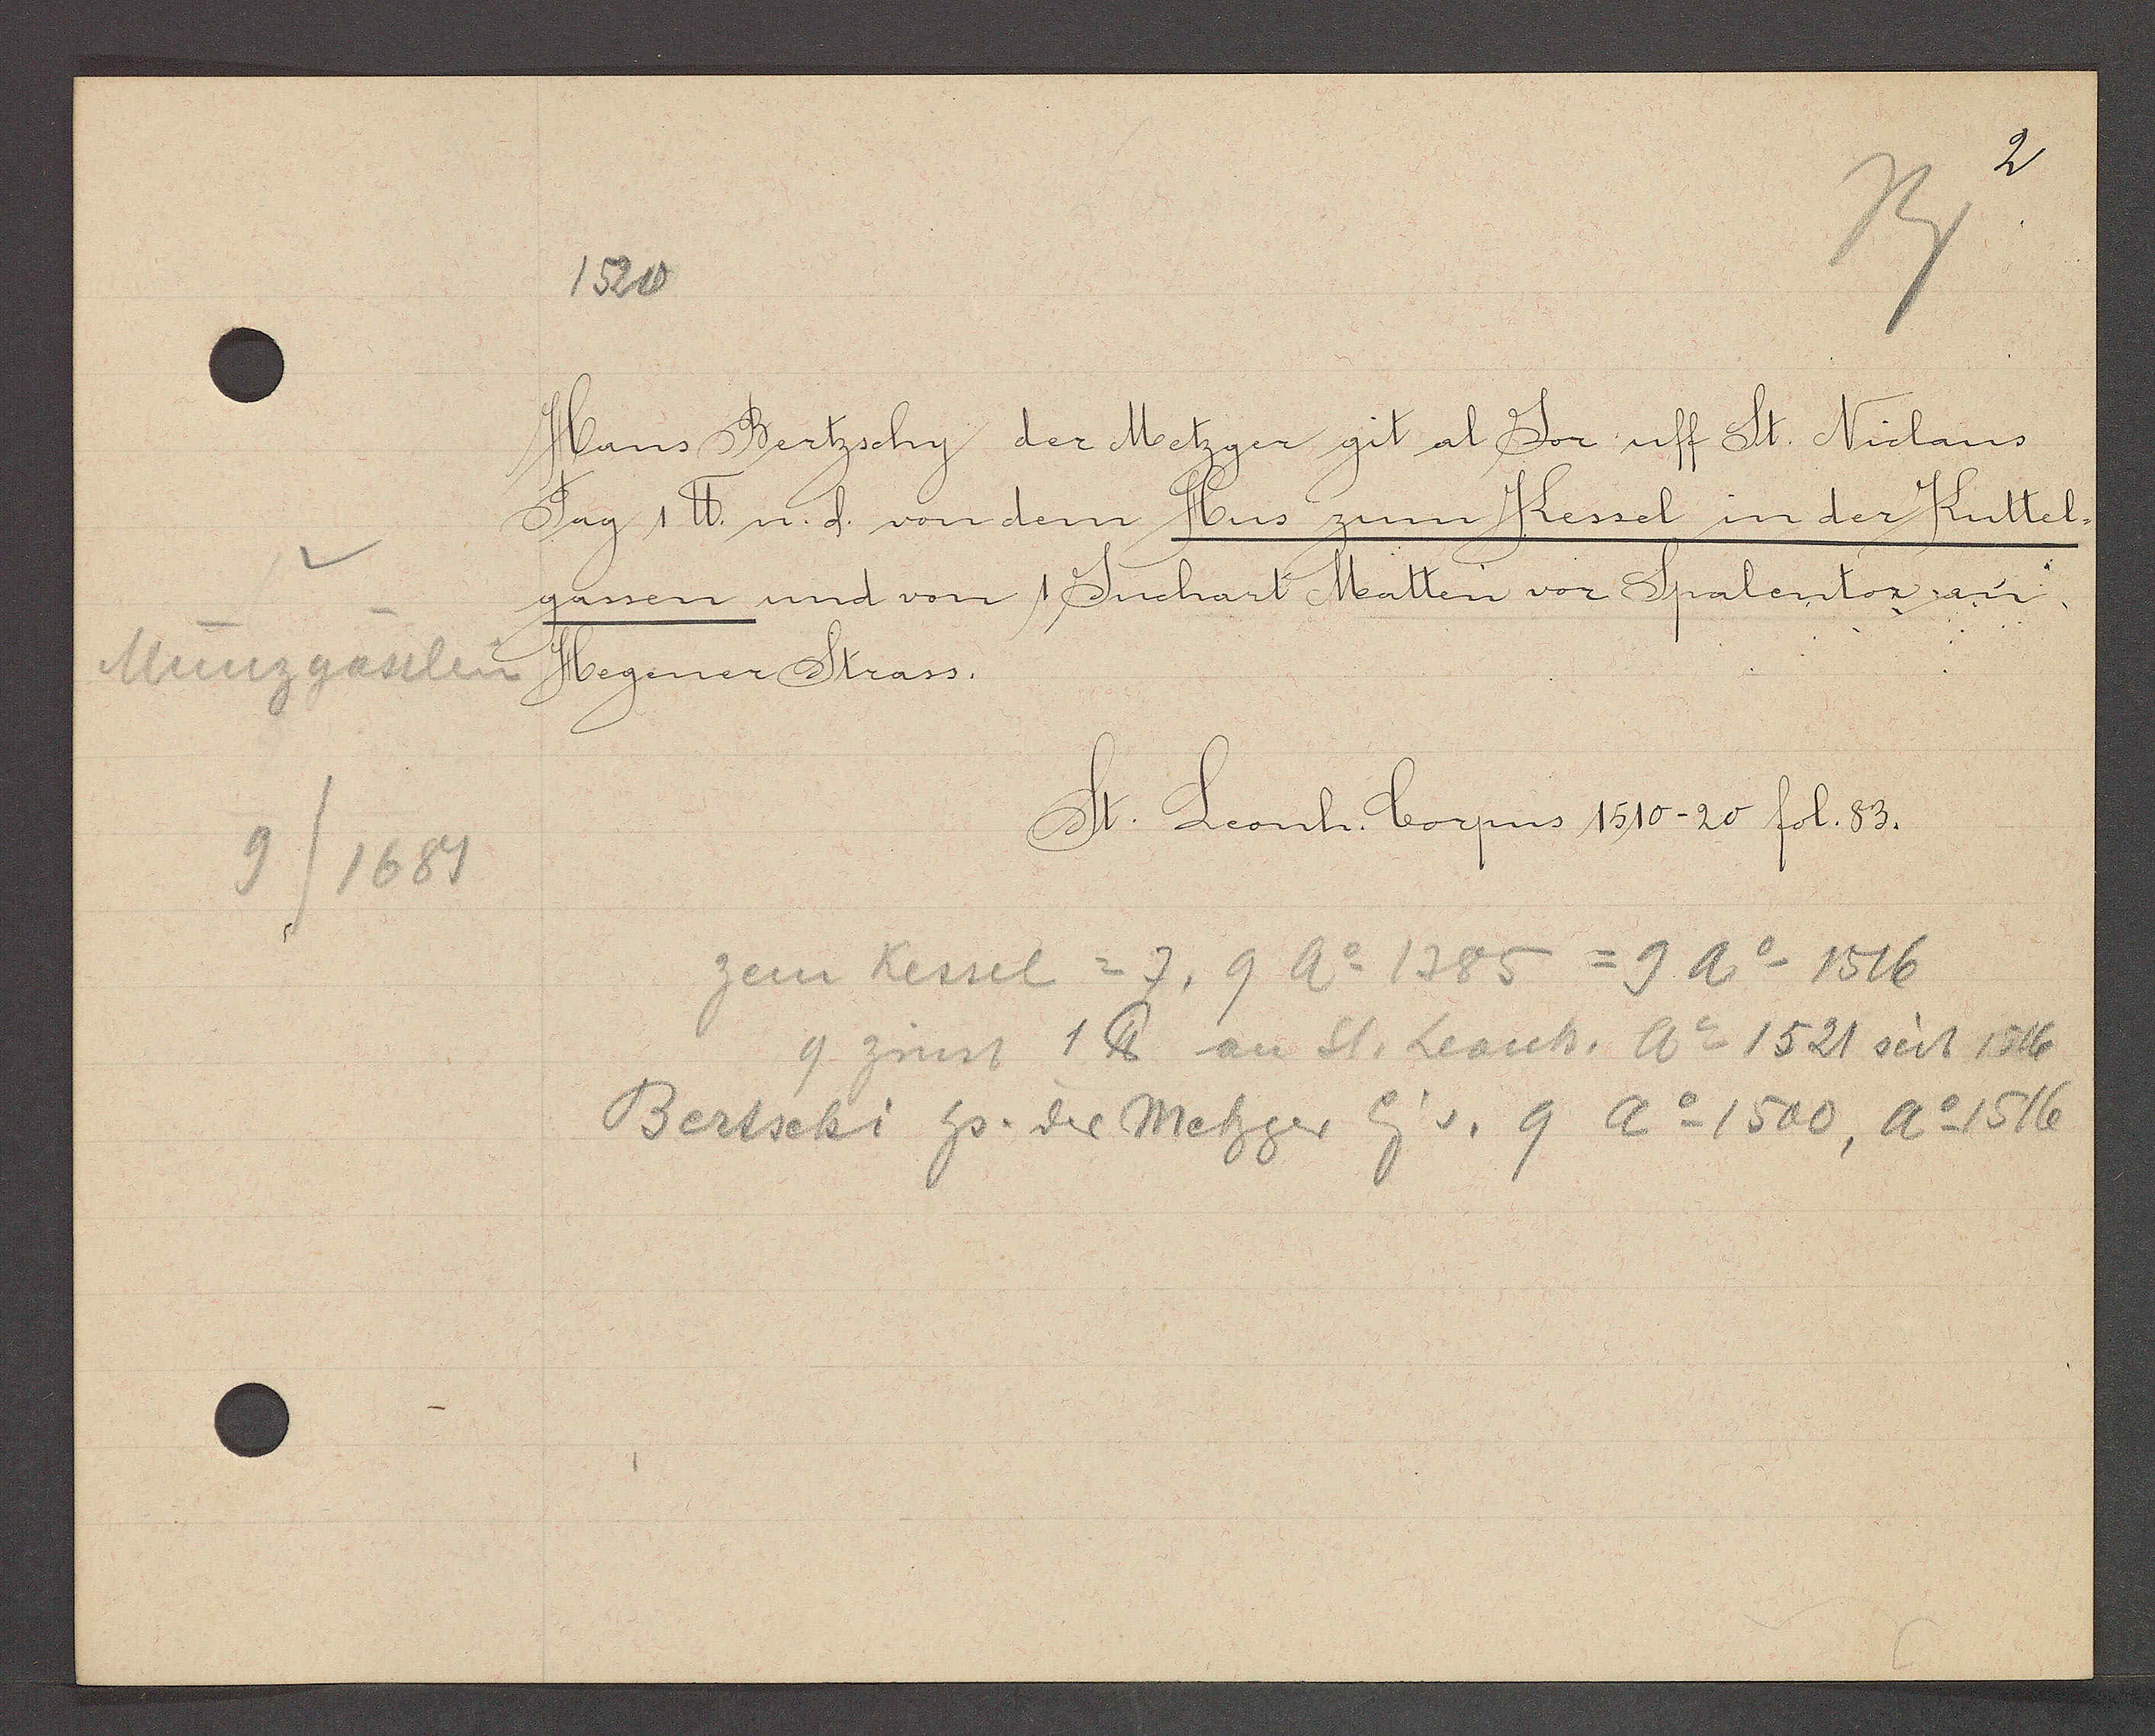
Transcript:
Münzgässlein
9/1689

1520

Hans Bertzschy der Metzger git al Jor uff St. Niclaus
Tag 1 ℔ und von dem Hus zum Kessel in der Kuttel-
gassen und von Juchart Matten vor Spalentor an
Hegener Strass.

St. Leonh. Corpus 1510-20 fol. 83.

Bertschi hs. die Metzger Eig v. 9 Ao 1500, Ao 1516
zem Kessel = 7, 9 Ao 1385 = 9 Ao 1516
9 zinst 1 ℔ an St. Leonh. Ao 1521 seit 1516